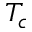
T _ { c }